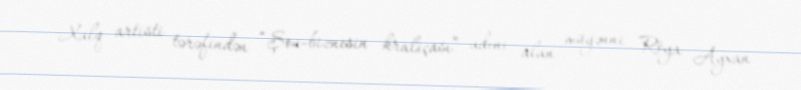
Xalq artisti tərəfindən “Şou-biznesin kraliçası” adını alan müğənni Röya Ayxan